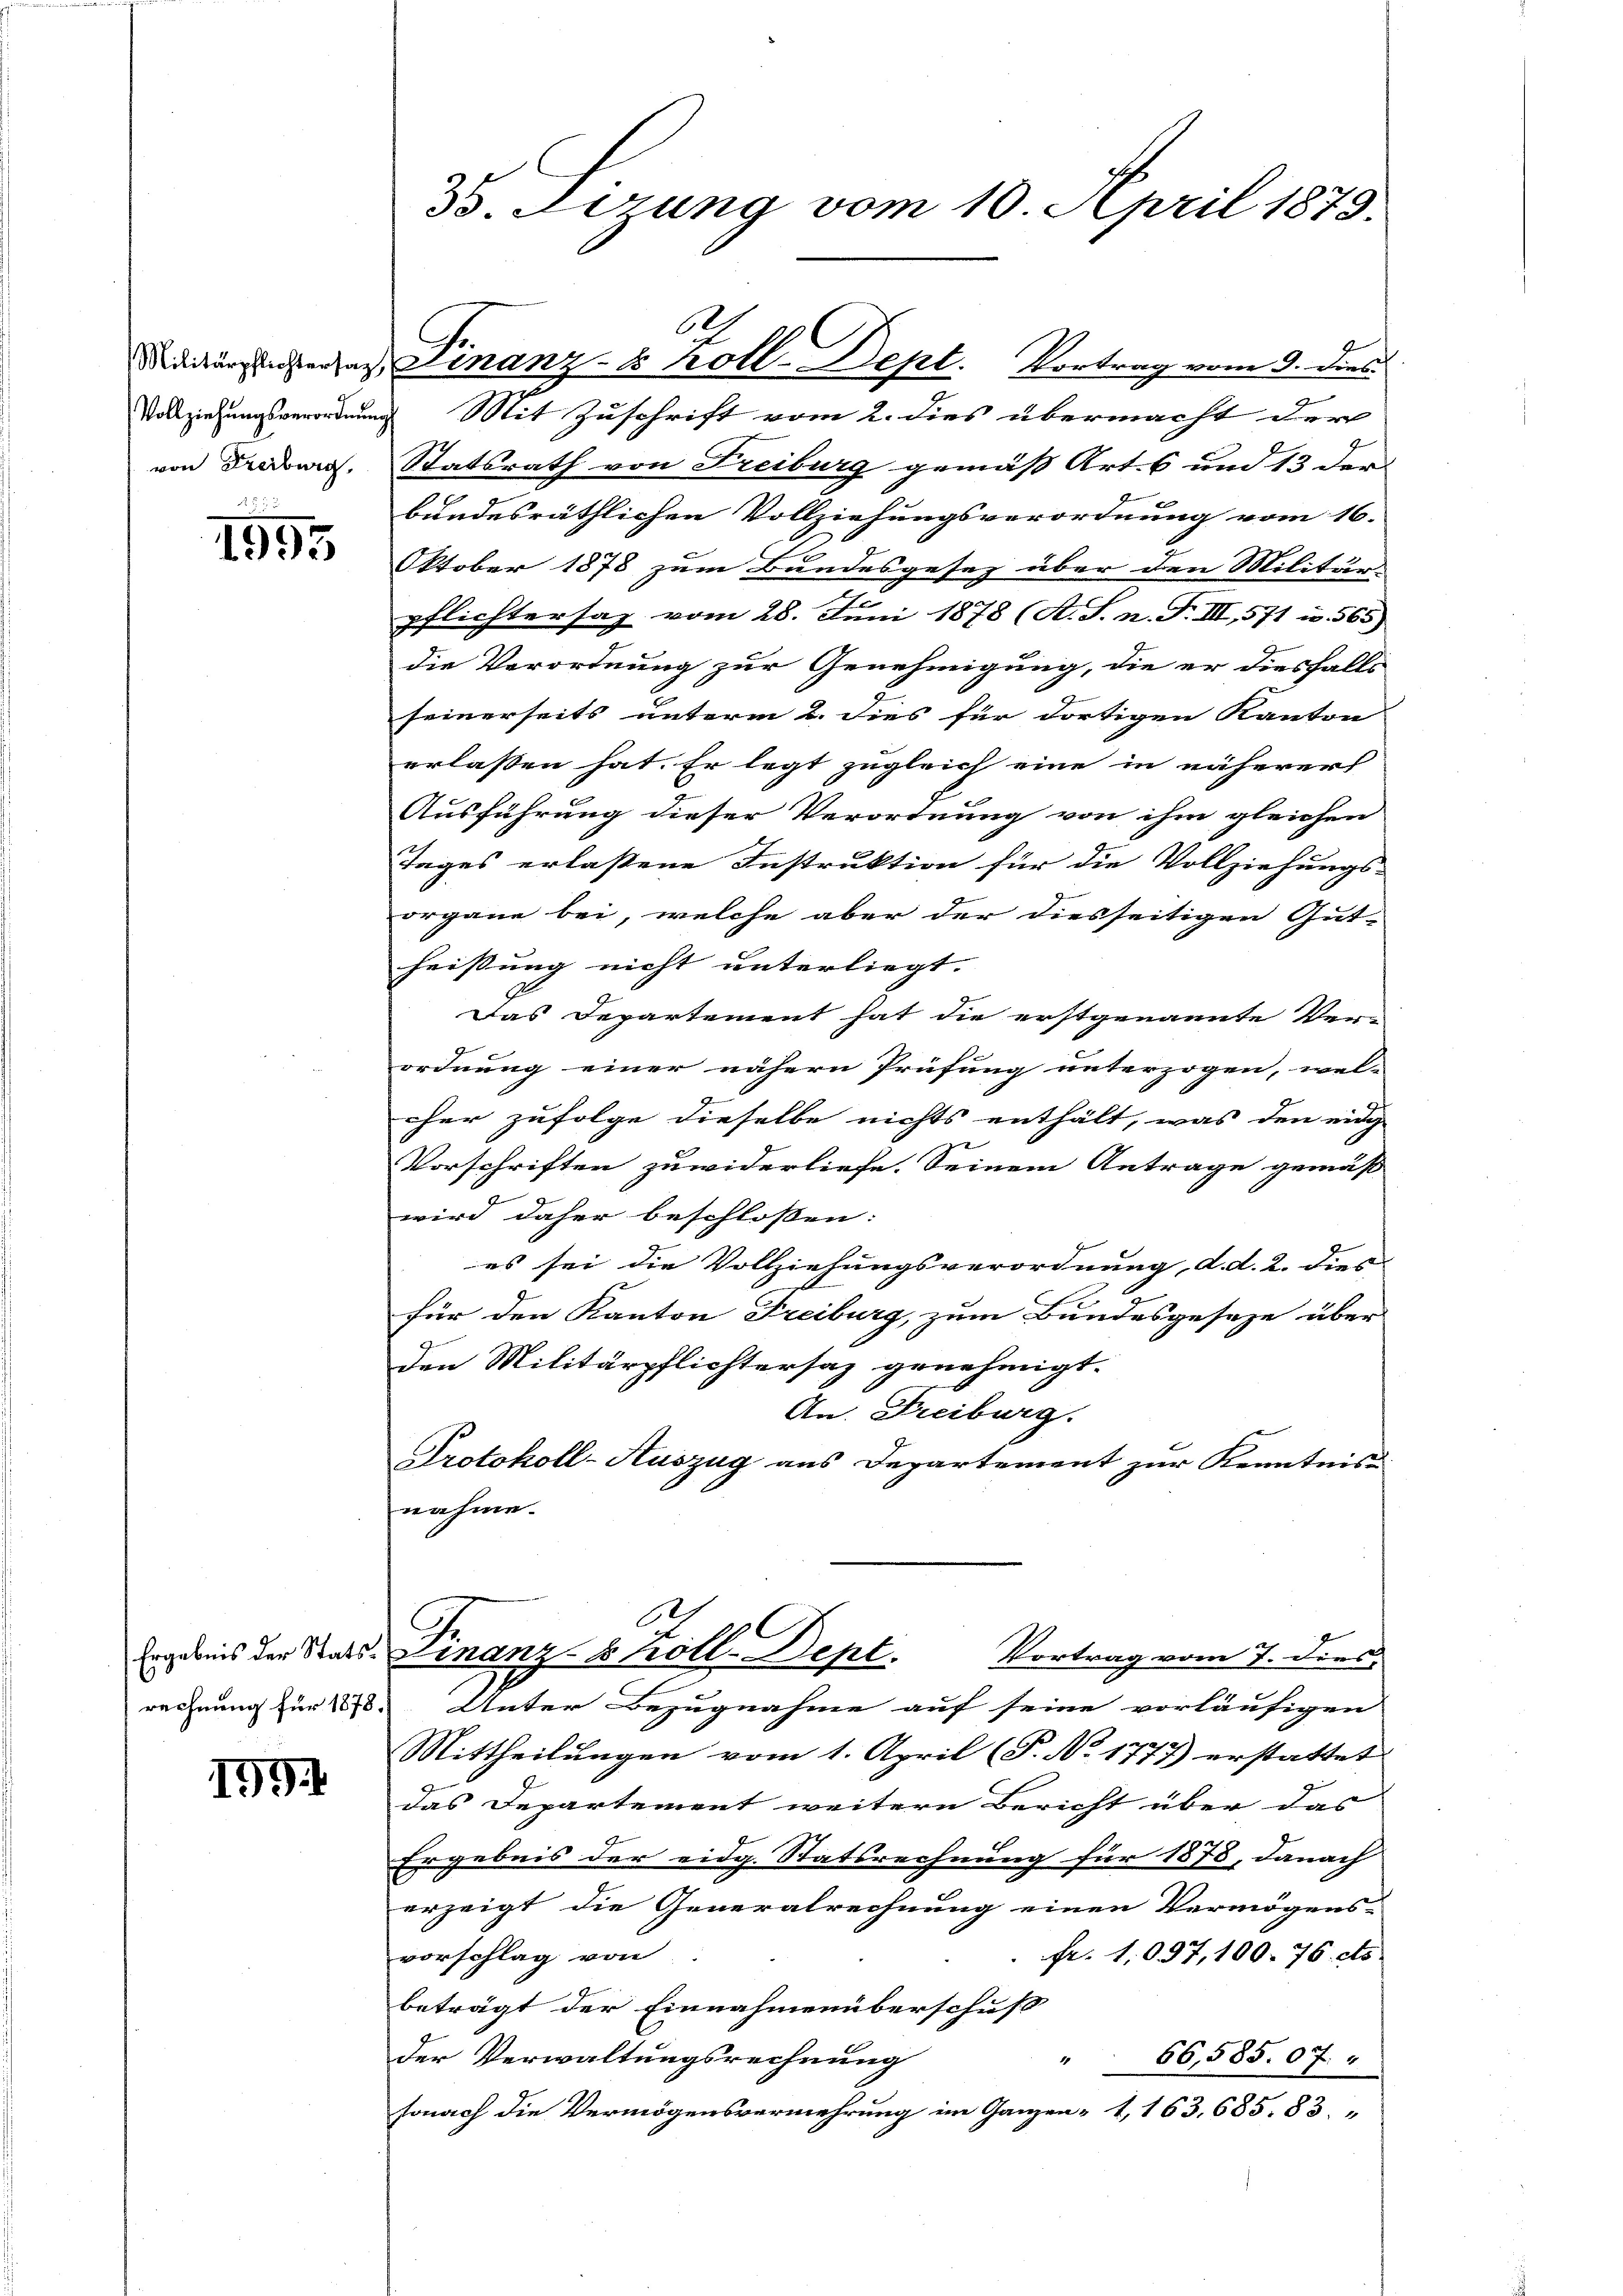
Vollziehungsverordnung
von Freiburg,

1595

rechnung für 1878.

1

B. Verung vom 10. April 1879.

Mit Zuschrift vom 2. dies übermacht der
Statsrath von Freiburg gemäss Art. 6 und 13 der |
bundesräthlichen Vollziehungsverordnung vom 16.
Oktober 1878 zum Bandesgesez über den Militär-
e
pflichtersaz vom 28. Juni 1878 (A. S. n. F. III, 571 u. 565)
die Verordnung zur Genehmigung, die er diesfalls
seinerseits unterm 2. dies für dortigen Kanton
erlassen hat. Er legt zugleich eine in näherer
Ausführung dieser Verordnung von ihm gleichen
Tages erlaßene Instruktion für die Vollziehungs-
organe bei, welche aber der diesseitigen Gut-
heißung nicht unterliegt.
Das Departement hat die erstgenannte Ver-
ordnung einer nähern Prüfung unterzogen, wel- |
her zufolge dieselbe nichts enthält, was den eidg
Vorschriften zuwiderliefe. Seinem Antrage gemäß
wird daher beschlossen:
es sei die Vollziehungsverordnung, d. d. 2. dies
für den Kanton Freiburg, zum Bundesgeseze über
den Militärpflichtersaz genehmigt.
An. Freiburg.
Protokoll-Auszug aus Departement zur Kenntnis
nahme.
6
1
Ergebnis der Stats-Finanz-S Köll-Sept.
Vortrag vom 7. dies
Unter Bezugnahme auf seine vorläufigen
Mittheilungen vom 1. April (T. No 1773) erstattet. |
das Departement weitere Bericht über das
Ergebnis der eidg. Statsrechnung für 1878, danach
erzeigt die Generalrechnung einen Vermögens-
fr. 1097, 100. 76. cts.
vorschlag von
beträgt der Einnahmenüberschuß
der Verwaltungsrechnung
4
66,585. 07.
sonach die Vermögensvermehrung im Ganzen- 1,163. 685. 83.

6
Niditur unserer Finanz- u. koll. Dept. Vortrag vom 9. dies